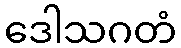
ဒေါသဂတံ